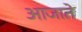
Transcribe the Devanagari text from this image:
आजाते